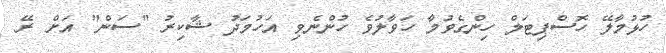
ހުޅުމާލޭ ހޮސްޕިޓަލް ހިންގެވުމާ ހަވާލުވެ ހުންނެވި އަހުމަދު ޝާކިރު "ސަން" އަށް ރޭ